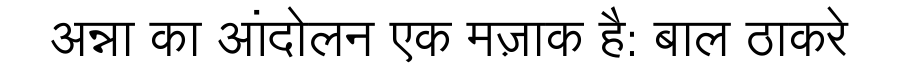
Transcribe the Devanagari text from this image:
अन्ना का आंदोलन एक मज़ाक है: बाल ठाकरे